Indian journal of veterinary science and animal husbandry - Volumes 18-21, 1948-1951
Year: 1948
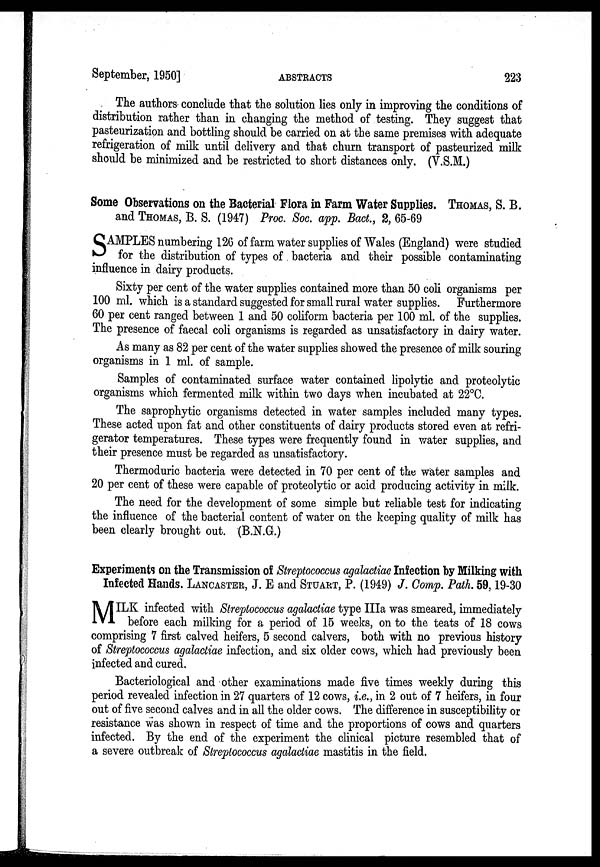
September, 1950]
ABSTRACTS
223
The authors conclude that the solution lies only in improving the conditions of
distribution rather than in changing the method of testing. They suggest that
pasteurization and bottling should be carried on at the same premises with adequate
refrigeration of milk until delivery and that churn transport of pasteurized milk
should be minimized and be restricted to short distances only. (V.S.M.)
Some Observations on the Bacterial Flora in Farm Water Supplies. THOMAS, S. B.
and THOMAS, B. S. (1947) Proc. Soc. app. Bact., 2, 65-69
S AMPLES numbering 126 of farm water supplies of Wales (England) were studied
for the distribution of types of bacteria and their possible contaminating
influence in dairy products.
Sixty per cent of the water supplies contained more than 50 coli organisms per
100 ml. which is a standard suggested for small rural water supplies. Furthermore
60 per cent ranged between 1 and 50 coliform bacteria per 100 ml. of the supplies.
The presence of faecal coli organisms is regarded as unsatisfactory in dairy water.
As many as 82 per cent of the water supplies showed the presence of milk souring
organisms in 1 ml. of sample.
Samples of contaminated surface water contained lipolytic and proteolytic
organisms which fermented milk within two days when incubated at 22°C.
The saprophytic organisms detected in water samples included many types.
These acted upon fat and other constituents of dairy products stored even at refri-
gerator temperatures. These types were frequently found in water supplies, and
their presence must be regarded as unsatisfactory.
Thermoduric bacteria were detected in 70 per cent of the water samples and
20 per cent of these were capable of proteolytic or acid producing activity in milk.
The need for the development of some simple but reliable test for indicating
the influence of the bacterial content of water on the keeping quality of milk has
been clearly brought out. (B.N.G.)
Experiments on the Transmission of Streptococcus agalactiae Infection by Milking with
Infected Hands. LANCASTER, J. E and STUART, P. (1949) J. Comp. Path. 59, 19-30
M ILK infected with Streptococcus agalactiae type IIIa was smeared, immediately
before each milking for a period of 15 weeks, on to the teats of 18 cows
comprising 7 first calved heifers, 5 second calvers, both with no previous history
of Streptococcus agalactiae infection, and six older cows, which had previously been
infected and cured.
Bacteriological and other examinations made five times weekly during this
period revealed infection in 27 quarters of 12 cows, i.e., in 2 out of 7 heifers, in four
out of five second calves and in all the older cows. The difference in susceptibility or
resistance was shown in respect of time and the proportions of cows and quarters
infected. By the end of the experiment the clinical picture resembled that of
a severe outbreak of Streptococcus agalactiae mastitis in the field.